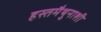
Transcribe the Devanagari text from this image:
हस्तमैथुनाशी